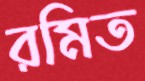
রমিত